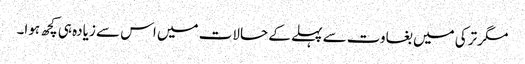
مگر ترکی میں بغاوت سے پہلے کے حالات میں اس سے زیادہ ہی کچھ ہوا۔